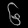
Digit: ၆